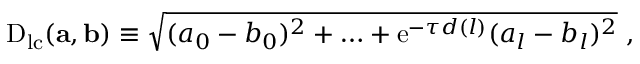
\begin{array} { r } { \mathrm { D } _ { \mathrm { l c } } ( \mathbf { a } , \mathbf { b } ) \equiv \sqrt { ( a _ { 0 } - b _ { 0 } ) ^ { 2 } + \ldots + \mathrm { e } ^ { - \tau d ( l ) } ( a _ { l } - b _ { l } ) ^ { 2 } } ~ , } \end{array}